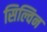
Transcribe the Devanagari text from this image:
सिल्विन